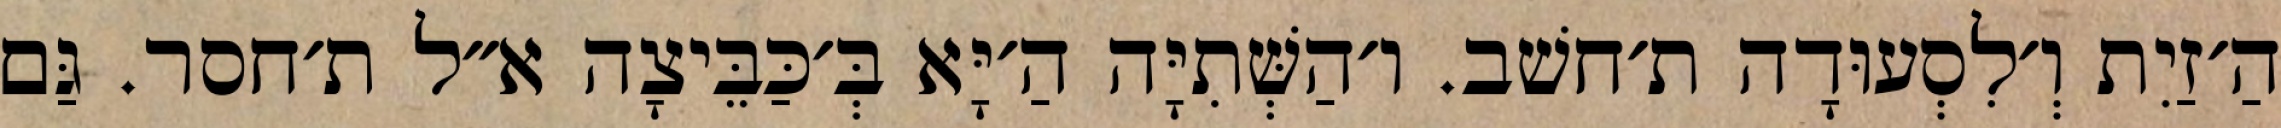
הַ׳זַיִת וְ׳לִסְעוּדָה ת׳חשׁב. ו׳הַשְּׁתִיָּה הַ׳יָּא בְּ׳כַּבֵּיצָה א״ל ת׳חסר. גַּם